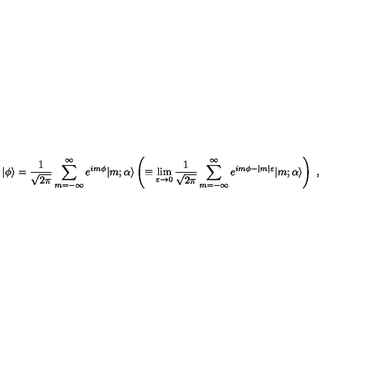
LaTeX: \vert \phi \rangle = { \frac { 1 } { \sqrt { 2 \pi } } } \sum _ { m = - \infty } ^ { \infty } e ^ { i m \phi } \vert m ; \alpha \rangle \left( \equiv \lim _ { \varepsilon \to 0 } { \frac { 1 } { \sqrt { 2 \pi } } } \sum _ { m = - \infty } ^ { \infty } e ^ { i m \phi - \vert m \vert \varepsilon } \vert m ; \alpha \rangle \right) \ ,